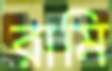
রামি